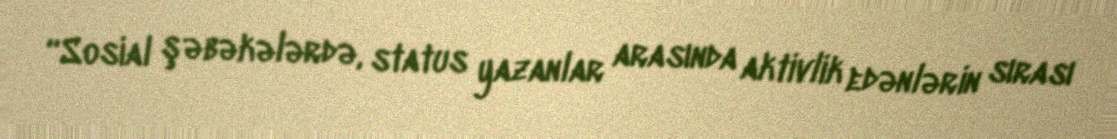
“Sosial şəbəkələrdə, status yazanlar arasında aktivlik edənlərin sırası